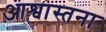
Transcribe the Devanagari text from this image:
आश्वास्तना